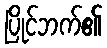
ပြိုင်ဘက်၏